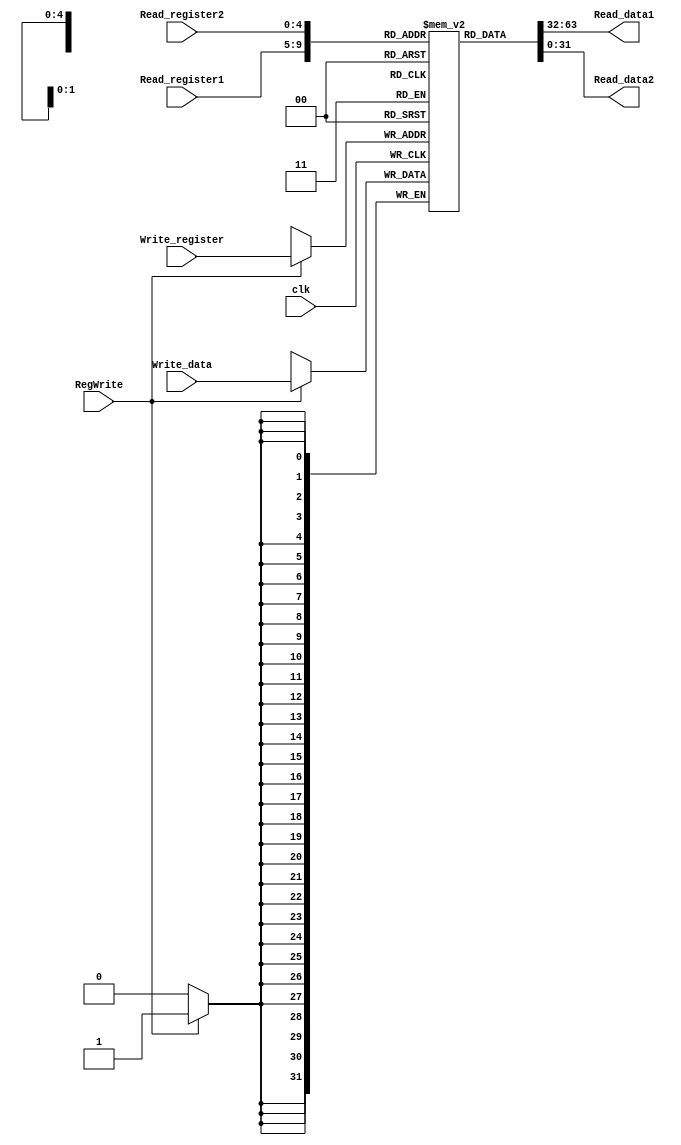
`timescale 1ns / 1ps
//////////////////////////////////////////////////////////////////////////////////
// Company: 
// Engineer: 
// 
// Design Name: 
// Module Name: registers
// Project Name: 
// Target Devices: 
// Tool Versions: 
// Description: 
// 
// Dependencies: 
// 
// Revision:
// Revision 0.01 - File Created
// Additional Comments:
// 
//////////////////////////////////////////////////////////////////////////////////


module Registers(
    input clk,
    input RegWrite,
    input [4:0] Read_register1,
    input [4:0] Read_register2,
    input [4:0] Write_register,
    input [31:0] Write_data,
    output [31:0] Read_data1,
    output [31:0] Read_data2
    );
    reg [31:0] registers [31:0];
    integer i;
    
    initial begin
        for (i=0; i<32; i=i+1)
            registers[i] = 0;
        registers[28] = 32'h10008000;
        registers[29] = 32'h7fffeffc;
    end
    
    assign Read_data1 = registers[Read_register1];
    assign Read_data2 = registers[Read_register2];
    always @(posedge clk)
        if (RegWrite) registers[Write_register] = Write_data;
endmodule